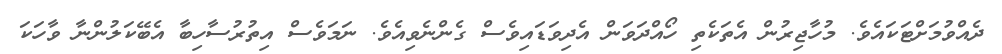
ދެއްވުމަށްޓަކައެވެ. މުހާޖިރުން އެތަކެތި ހޯއްދަވަން އެދިވަޑައިވެސް ގެންނެވިއެވެ. ނަމަވެސް އިތުރުސާހިބާ އެބޭކަލުންނާ ވާހަކަ